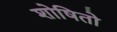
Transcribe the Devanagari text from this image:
शोषितो